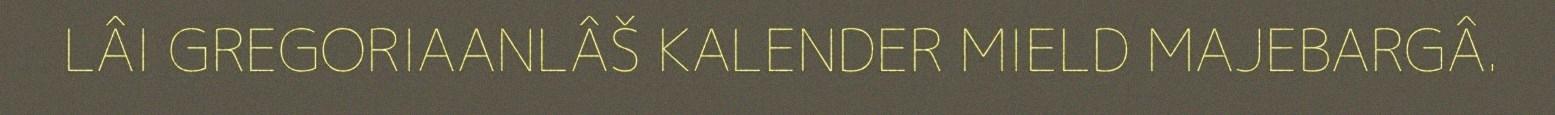
LÂI GREGORIAANLÂŠ KALENDER MIELD MAJEBARGÂ.